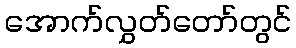
အောက်လွှတ်တော်တွင်